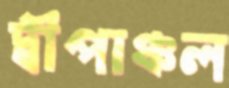
দ্বীপাঞ্চল